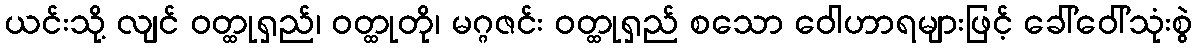
ယင်းသို့ လျင် ဝတ္ထုရှည်၊ ဝတ္ထုတို၊ မဂ္ဂဇင်း ဝတ္ထုရှည် စသော ဝေါဟာရများဖြင့် ခေါ်ဝေါ်သုံးစွဲ